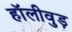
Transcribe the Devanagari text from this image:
हॉलीवुड़